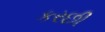
કરછી